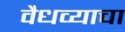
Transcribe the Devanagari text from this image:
वैधव्याचा